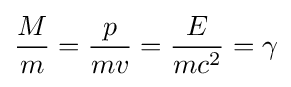
{\frac {M}{m}}={\frac {p}{mv}}={\frac {E}{mc^{2}}}=\gamma